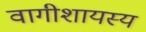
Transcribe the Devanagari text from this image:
वागीशायस्य